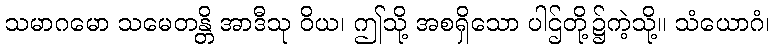
သမာဂမော သမေတန္တိ အာဒီသု ဝိယ၊ ဤသို့ အစရှိသော ပါဌ်တို့၌ကဲ့သို့။ သံယောဂံ၊